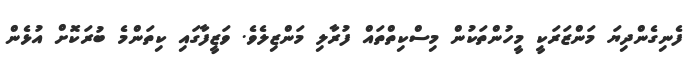
ފެނިގެންދިޔަ މަންޒަރަކީ މީހުންތަކުން މިސްކިތްތައް ފުރާލި މަންޒިލެވެ. ވަޒީފާގައި ކިތަންމެ ބުރަކޮށް އުޅެން